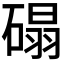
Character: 𰧒